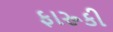
ફારૂકી